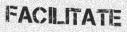
FACILITATE